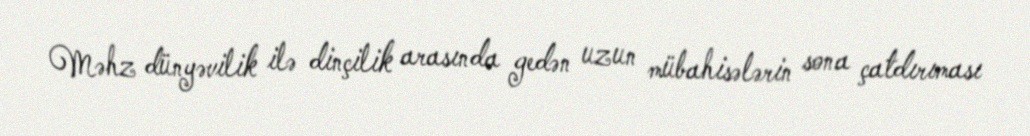
Məhz dünyəvilik ilə dinçilik arasında gedən uzun mübahisələrin sona çatdırıması